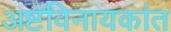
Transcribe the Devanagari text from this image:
अष्टविनायकांत